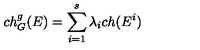
c h _ { G } ^ { g } ( E ) = \sum _ { i = 1 } ^ { s } \lambda _ { i } c h ( E ^ { i } )